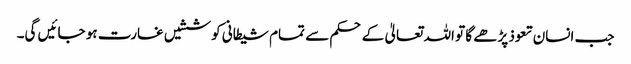
جب انسان تعوذ پڑھے گا تو اللہ تعالیٰ کے حکم سے تمام شیطانی کوششیں غارت ہو جائیں گی۔